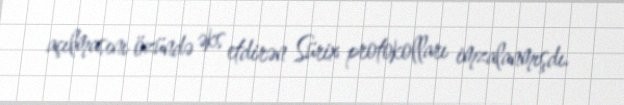
açılmasını özündə əks etdirən Sürix protokolları imzalanmışdı.